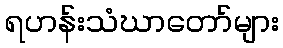
ရဟန်းသံဃာတော်များ